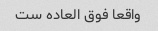
واقعا فوق العاده ست